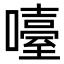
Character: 㘆